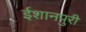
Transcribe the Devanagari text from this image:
ईशानपुरी